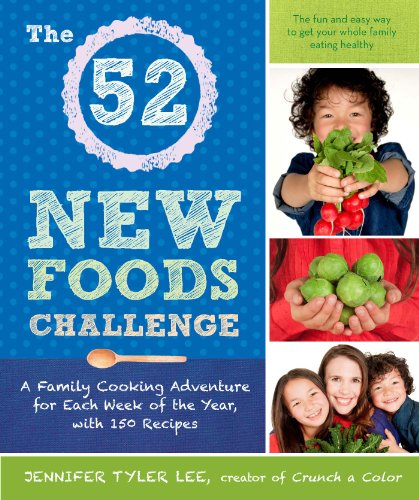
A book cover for The 52 New Foods Challenge: A Family Cooking Adventure for Each Week of the Year, with 150 Recipes; Jennifer Tyler Lee; Cookbooks, Food & Wine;